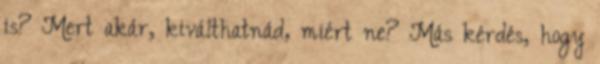
is? Mert akár, kiválthatnád, miért ne? Más kérdés, hogy